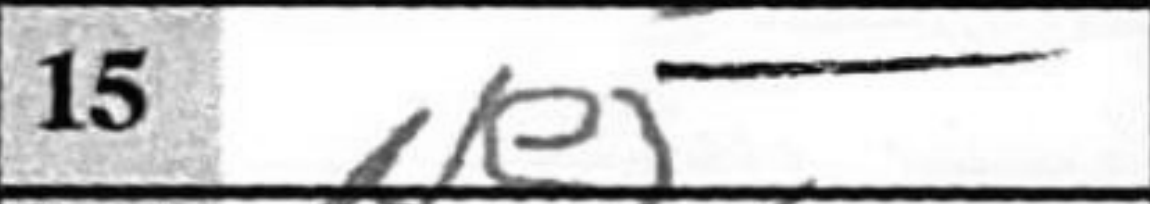
Transcription: Ne5